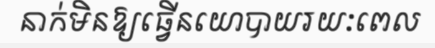
នាក់មិនឱ្យធ្វើនយោបាយរយៈពេល